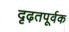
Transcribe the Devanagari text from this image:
दृढ़तपूर्वक